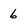
Character: 6